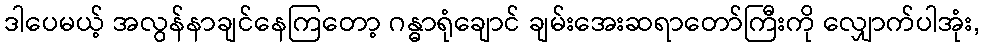
ဒါပေမယ့် အလွန်နာချင်နေကြတော့ ဂန္ဓာရုံချောင် ချမ်းအေးဆရာတော်ကြီးကို လျှောက်ပါအုံး,